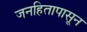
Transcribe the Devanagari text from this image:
जनहितापासून